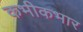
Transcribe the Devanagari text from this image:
कभीकभार